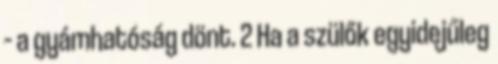
– a gyámhatóság dönt. 2 Ha a szülők egyidejűleg